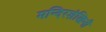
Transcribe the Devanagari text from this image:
मन्दिरशंखिनी